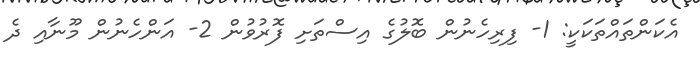
އެކަންތައްތަކަކީ: 1- ފިރިހެނުން ބޮލުގެ އިސްތަށި ފޮރުވުން 2- އަންހެނުން މޫނާއި ދެ